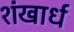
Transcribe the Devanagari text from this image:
शंखार्ध